Bulletin of the Pasteur Institute of Southern India, Coonoor - No. 3.
Year: 1910
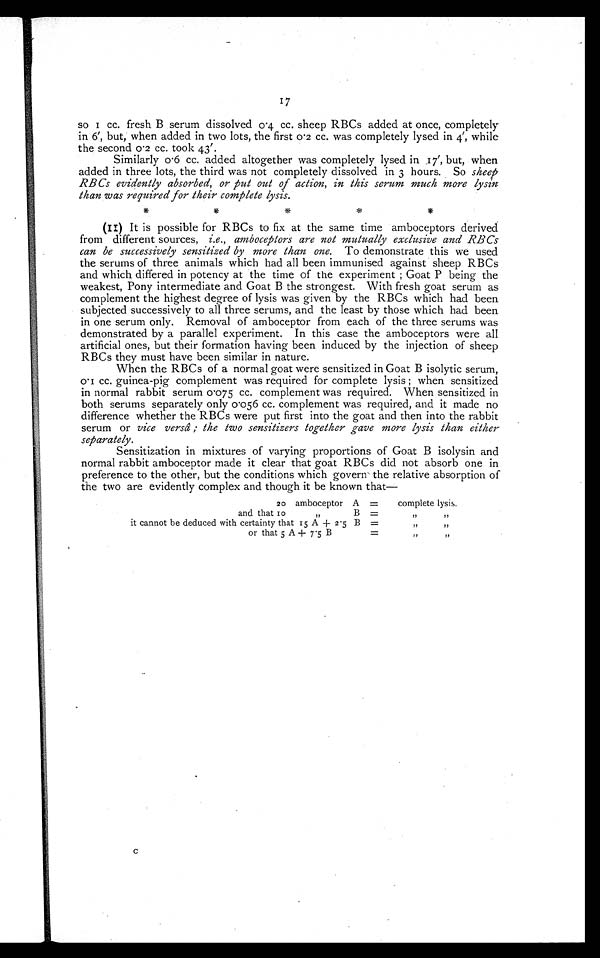
17
so I cc. fresh B serum dissolved 0 .4 cc. sheep RBCs added at once, completely
in 6', but, when added in two lots, the first 0.2 cc. was completely lysed in 4', while
the second 0.2 cc. took 43'.
Similarly 0.6 cc. added altogether was completely lysed in 17', but, when
added in three lots, the third was not completely dissolved in 3 hours. So sheep
RBCs evidently absorbed, or put out of action, in this serum much more lysin
than was required for their complete lysis.
(II) It is possible for RBCs to fix at the same time amboceptors derived
from different sources, i.e., amboceptors are not mutually exclusive and RBCs
can be successively sensitized by more than one. To demonstrate this we used
the serums of three animals which had all been immunised against sheep RBCs
and which differed in potency at the time of the experiment; Goat P being the
weakest, Pony intermediate and Goat B the strongest. With fresh goat serum as
complement the highest degree of lysis was given by the RBCs which had been
subjected successively to all three serums, and the least by those which had been
in one serum only. Removal of amboceptor from each of the three serums was
demonstrated by a parallel experiment. In this case the amboceptors were all
artificial ones, but their formation having been induced by the injection of sheep
RBCs they must have been similar in nature.
When the RBCs of a normal goat were sensitized in Goat B isolytic serum,
0.1 cc. guinea-pig complement was required for complete lysis; when sensitized
in normal rabbit serum 0.075 cc. complement was required. When sensitized in
both serums separately only 0 .056 cc. complement was required, and it made no
difference whether the RBCs were put first into the goat and then into the rabbit
serum or vice versâ; the two sensitizers together gave more lysis than either
separately.
Sensitization in mixtures of varying proportions of Goat B isolysin and
normal rabbit amboceptor made it clear that goat RBCs did not absorb one in
preference to the other, but the conditions which govern the relative absorption of
the two are evidently complex and though it be known that
—
20 amboceptor A =
complete lysis.
and that 10
"
B =
" "
it cannot be deduced with certainty that 15 A + 2 . 5 B =
" "
or that 5 A + 7 .5 B
= ""